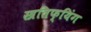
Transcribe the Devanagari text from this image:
स्त्रतिफ्यिंग